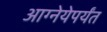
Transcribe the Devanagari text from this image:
आग्नेयेपर्यंत